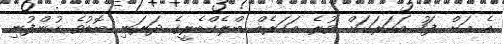
އެ އަށް ފަހު އަހަރަކަށް ވުރެ އަހަރެއް ބްލެކްބެރީގެ ދަރަނި ބޮޑުވެ ކުންފުނި